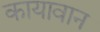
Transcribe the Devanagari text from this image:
कायावान